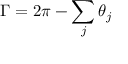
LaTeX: \Gamma = 2 \pi - \sum _ { j } \theta _ { j }